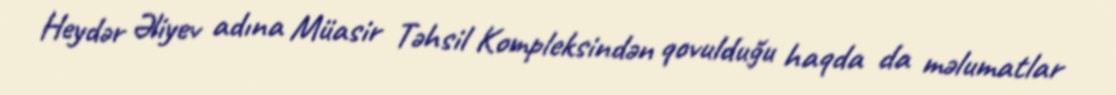
Heydər Əliyev adına Müasir Təhsil Kompleksindən qovulduğu haqda da məlumatlar